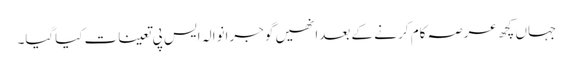
جہاں کچھ عرصہ کام کر نے کے بعدانھیں گوجرانوالہ ایس پی تعینات کیاگیا۔